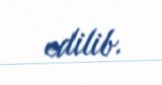
edilib.